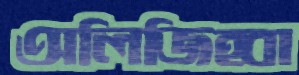
অলিজিহ্বা